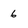
Character: 6